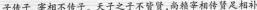
子传子,宰相不传予、天子之子不背贤，尚精宰相相传贤足想补